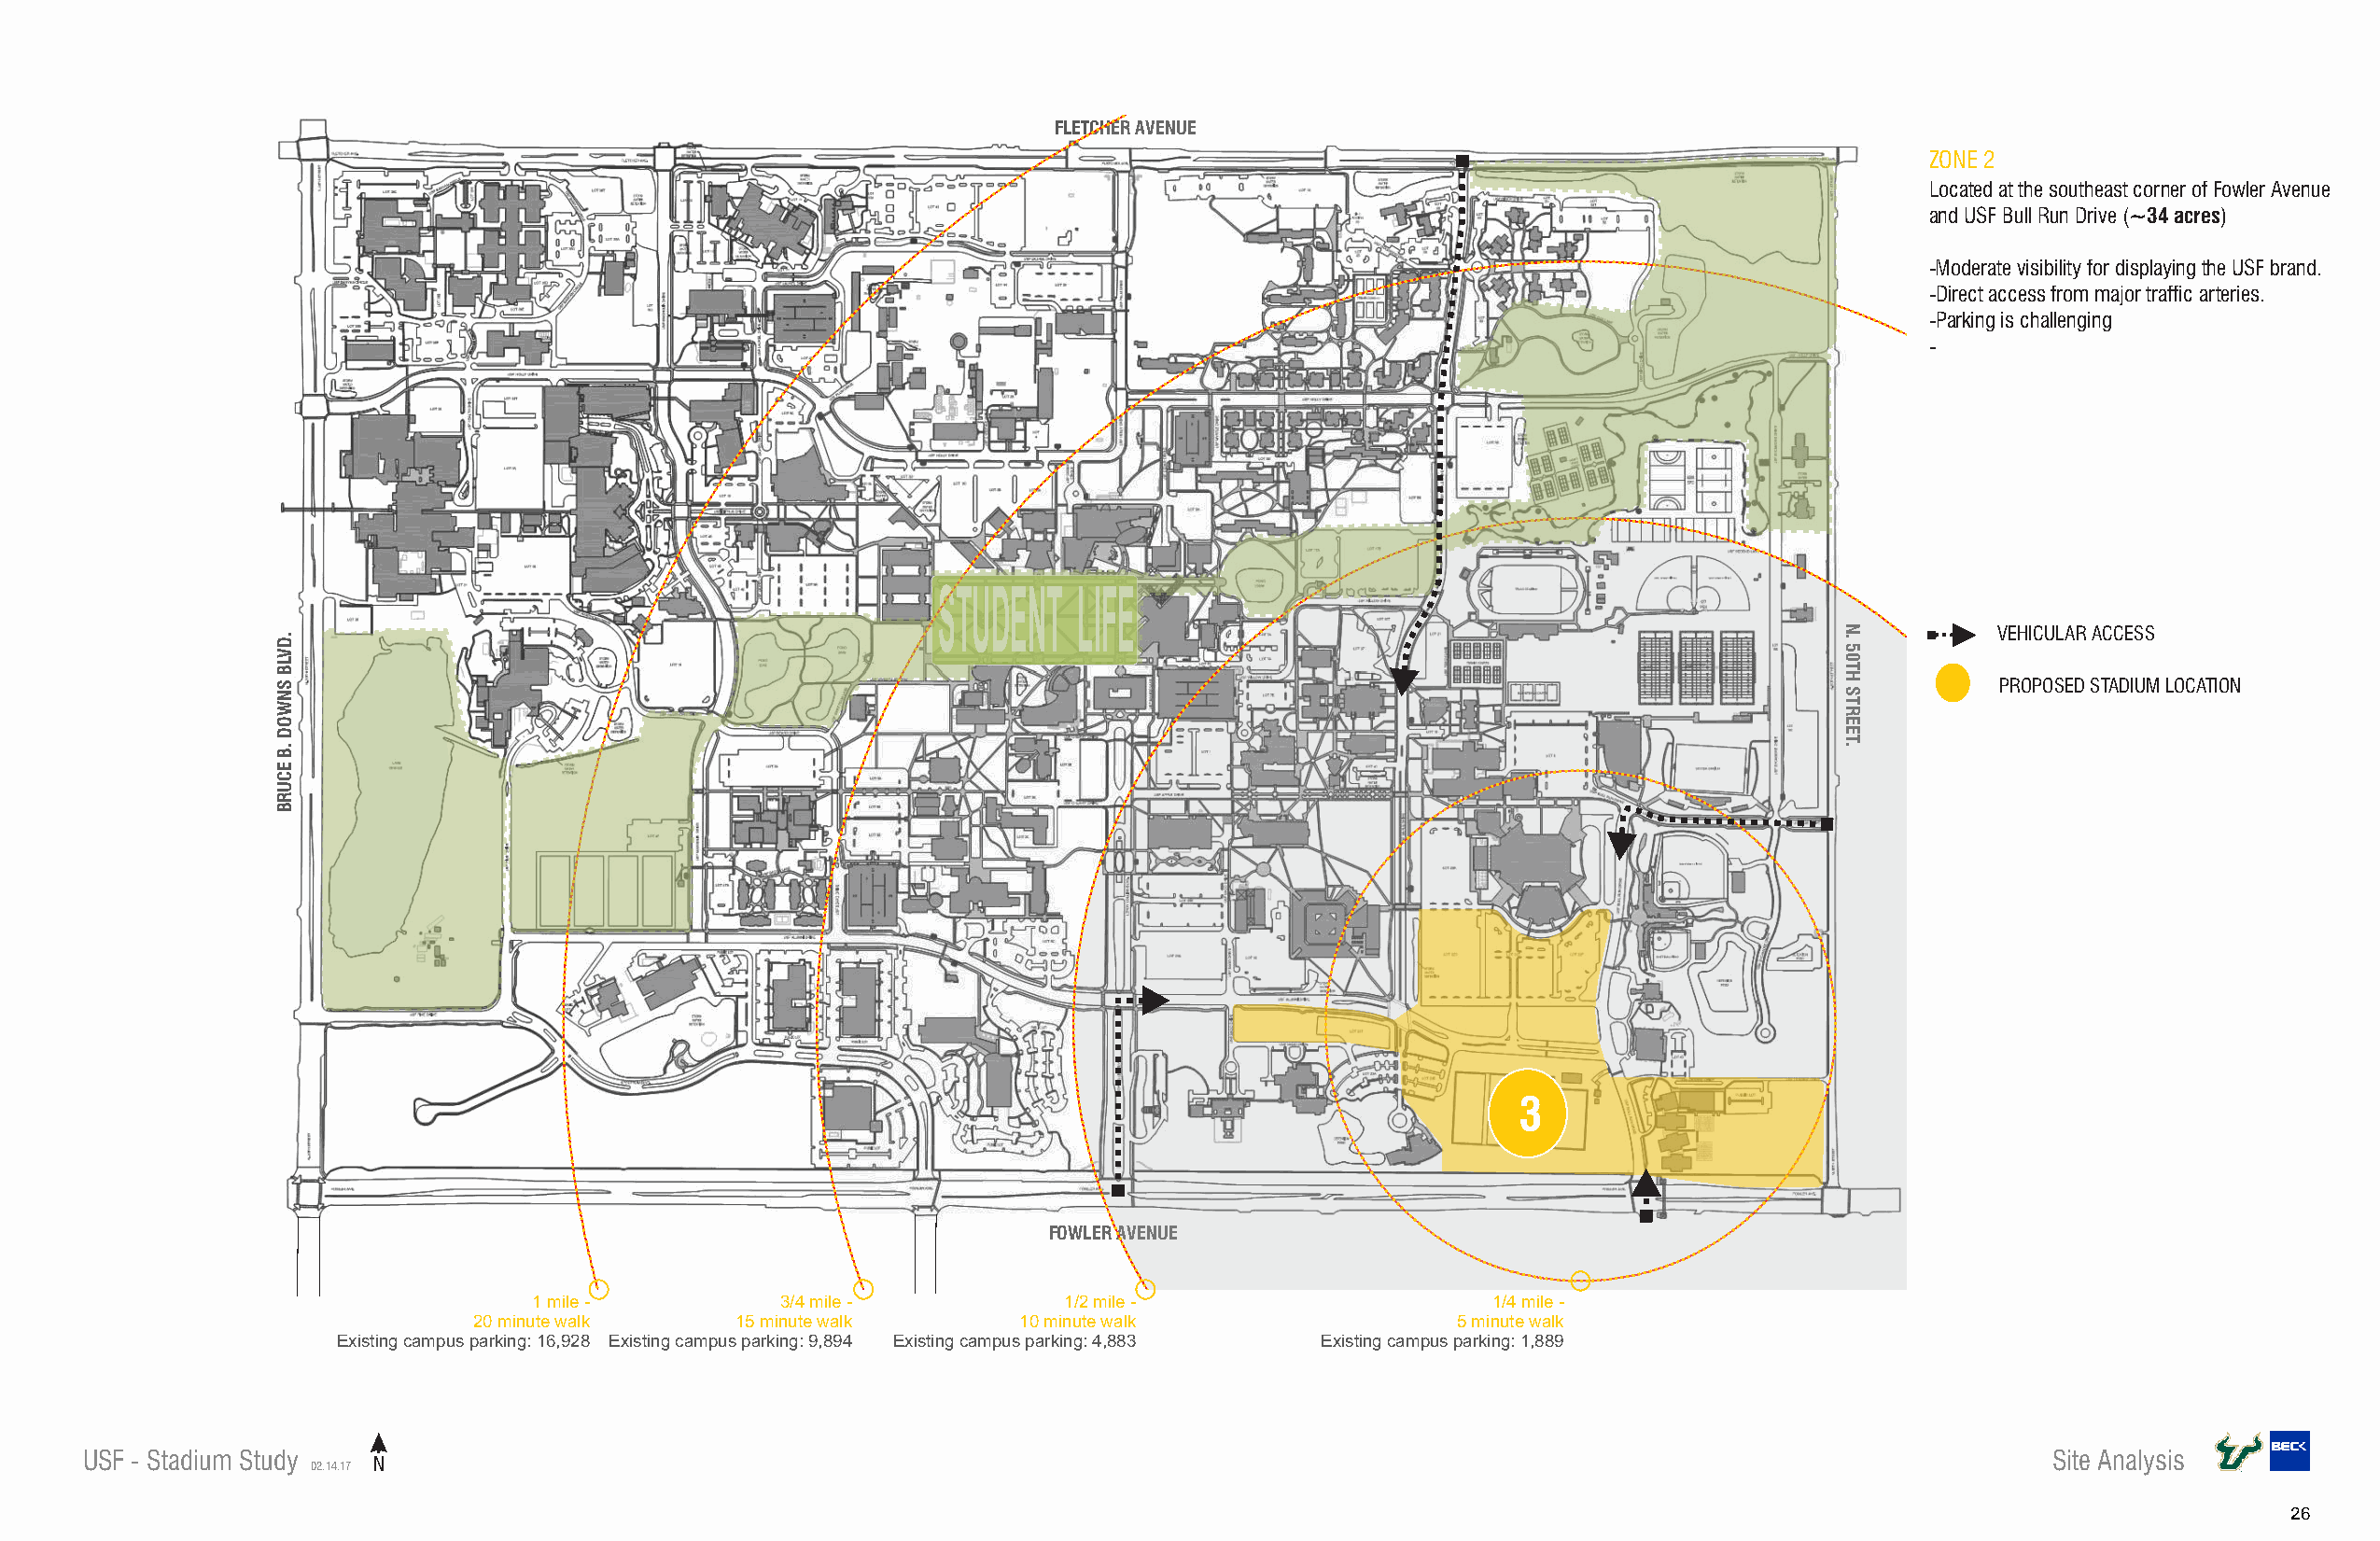
FLETCHER AVENUE
 ZONE 2
 Located at the southeast corner of Fowler Avenue
 and USF Bull Run Drive (~34 acres)
 -Moderate visibility for displaying the USF brand.
 -Direct access from major traffic arteries.
 -Parking is challenging
 -
 STUDENT  LIFE
 VEHICULAR ACCESS
 PROPOSED STADIUM LOCATION
 3
 FOWLER AVENUE
 1 mile -         3/4 mile -          1/2 mile -                     1/4 mile -
 20 minute walk    15 minute walk      10 minute walk                 5 minute walk
 Existing campus parking: 16,928 Existing campus parking: 9,894 Existing campus parking: 4,883 Existing campus parking: 1,889
 USF - Stadium Study                                                                                                                         Site Analysis
 02.14.17 N
 26
 .DVLB
 SNWOD
 .B
 ECURB
 N.
 50TH
 STREET.